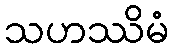
သဟဿိမံ